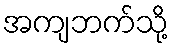
အကျဘက်သို့